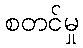
စတင်မှု